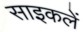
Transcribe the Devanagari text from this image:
साइकलें